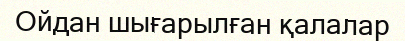
Ойдан шығарылған қалалар